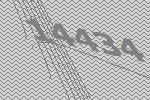
14434